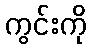
ကွင်းကို